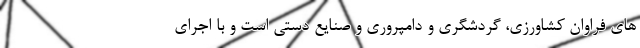
های فراوان کشاورزی، گردشگری و دامپروری و صنایع دستی است و با اجرای